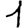
Digit: 1